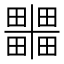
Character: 𭻹